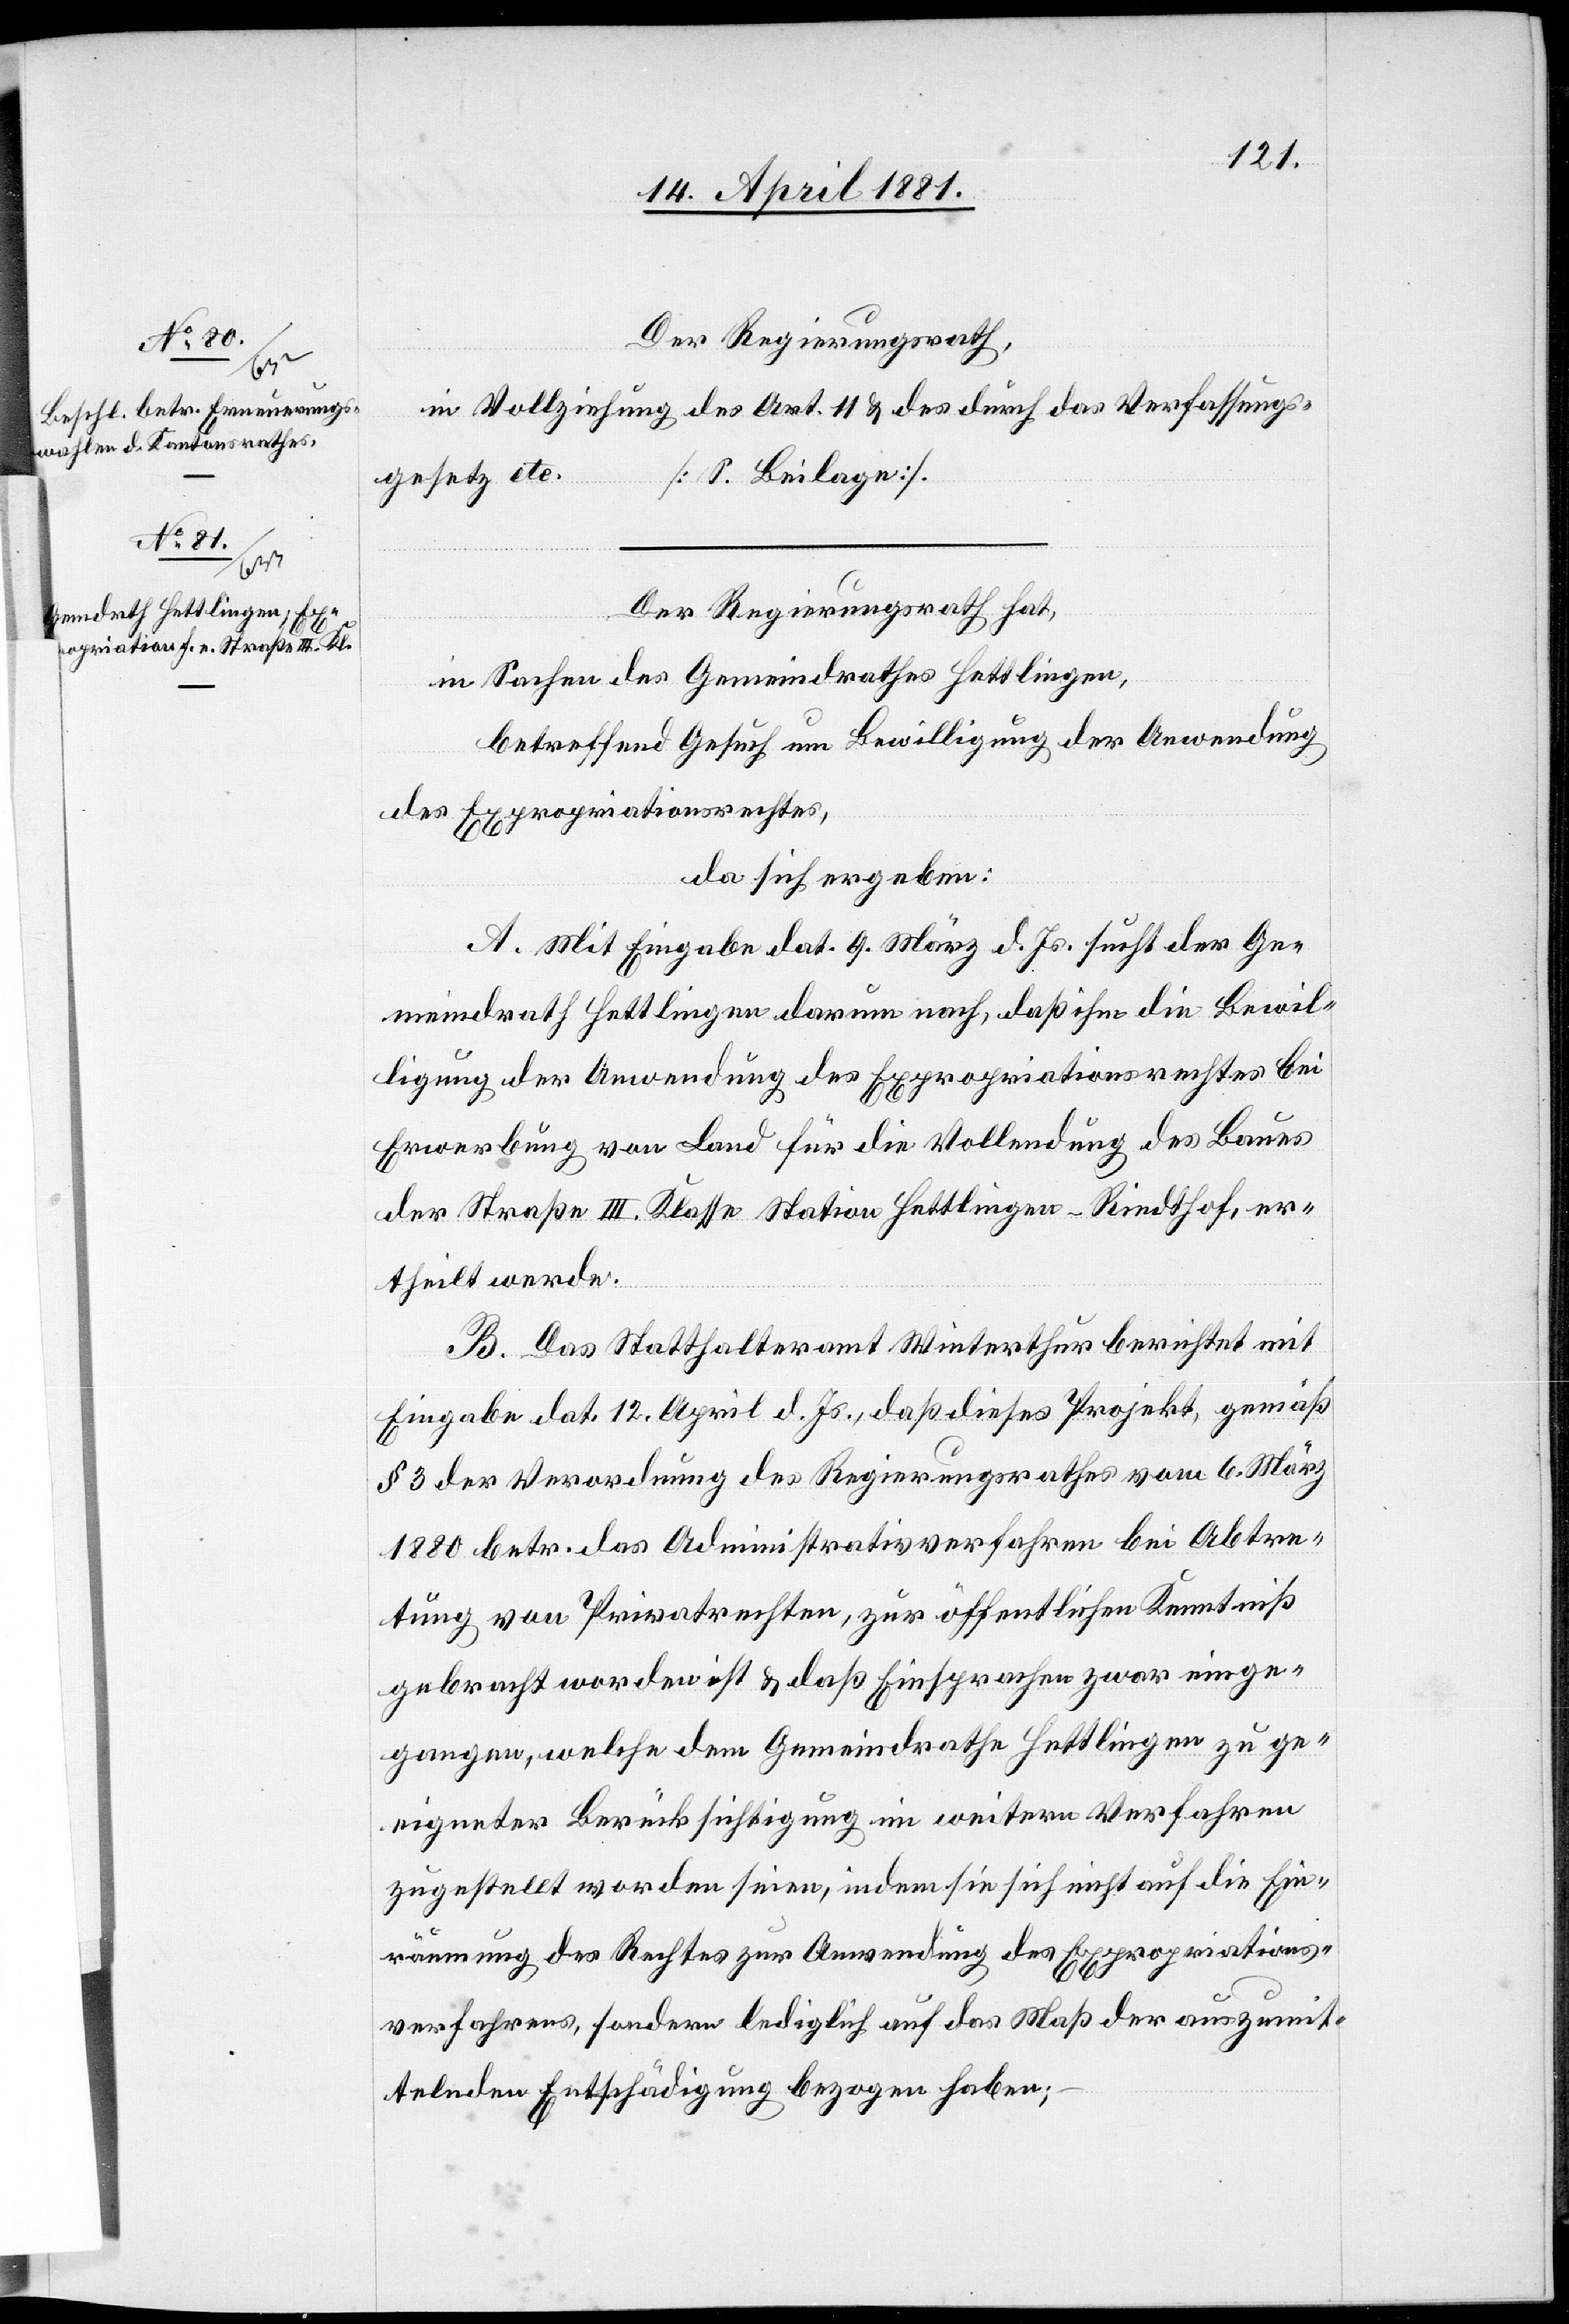
Der Regierungsrath hat,
in Sachen des Gemeindrathes Hettlingen,
betreffend Gesuch um Bewilligung der Anwendung
des Expropriationsrechtes,
da sich ergeben:
A. Mit Eingabe dat. 9. März d. Js. sucht der Ge¬
meindrath Hettlingen darum nach, daß ihm die Bewil¬
ligung der Anwendung des Expropriationsrechtes bei
Erwerbung von Land für die Vollendung des Baues
der Straße III. Klasse Station Hettlingen–Riedthof, er¬
theilt werde.
B. Das Statthalteramt Winterthur berichtet mit
Eingabe dat. 12. April d. Js., daß dieses Projekt, gemäß
§ 3 der Verordnung des Regierungsrathes vom 6. März
1880 betr. das Administrativverfahren bei Abtre¬
tung von Privatrechten, zur öffentlichen Kenntniß
gebracht worden ist & daß Einsprachen zwar einge¬
gangen, welche dem Gemeindrathe Hettlingen zu ge¬
eigneter Berücksichtigung im weitern Verfahren
zugestellt worden seien, indem sie sich nicht auf die Ein¬
räumung des Rechtes zur Anwendung des Expropriations¬
verfahrens, sondern lediglich auf das Maß der Auszumit¬
telnden Entschädigung bezogen haben;